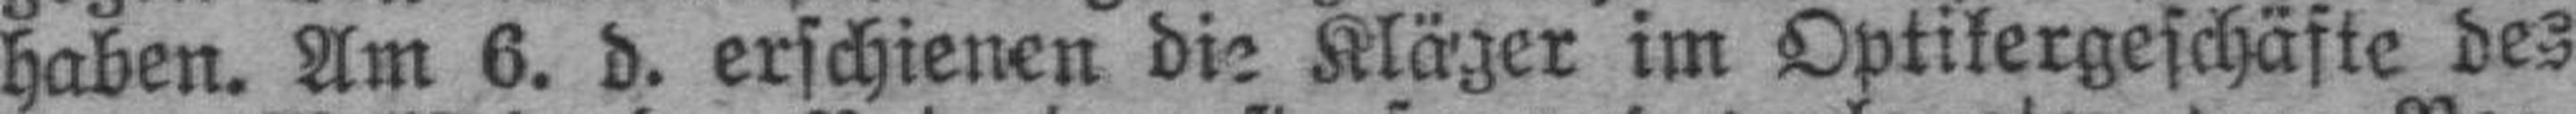
haben. Am 6. d. erschienen die Kläger im Optikergeschäfte des